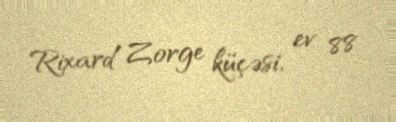
Rixard Zorge küçəsi, ev 88